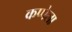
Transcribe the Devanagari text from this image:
कप्पेला